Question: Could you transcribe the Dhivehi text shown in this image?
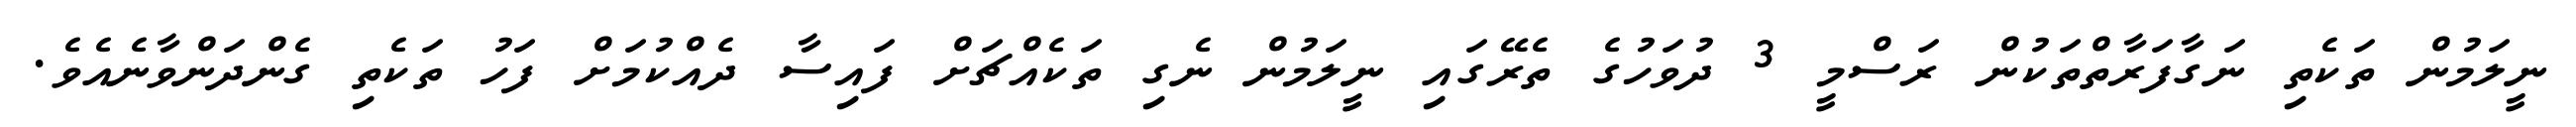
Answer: ނީލަމުން ތަކެތި ނަގާފަރާތްތަކުން ރަސްމީ 3 ދުވަހުގެ ތެރޭގައި ނީލަމުން ނެގި ތަކެއްޗަށް ފައިސާ ދެއްކުމަށް ފަހު ތަކެތި ގެންދަންވާނެއެވެ.